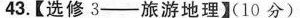
43.【选修3--旅游地理】(10分)